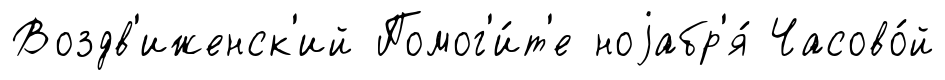
Воздв'иженск'ий Помог'и́т'е ноjабр'я́ Часово́й